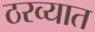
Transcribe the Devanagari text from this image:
ठरव्यात